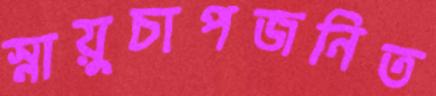
স্নায়ুচাপজনিত